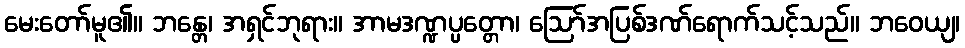
မေးတော်မူ၏။ ဘန္တေ၊ အရှင်ဘုရား။ အာမဒဏ္ဍပ္ပတ္တော၊ ဩော်အပြစ်ဒဏ်ရောက်သင့်သည်။ ဘဝေယျ၊